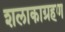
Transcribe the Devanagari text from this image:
शलाकाग्रहण